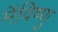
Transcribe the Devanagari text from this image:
मेंविष्णु